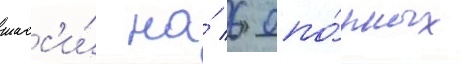
шасс'и́ на́ 6 опо́рных